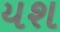
યશ